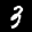
Label: 3